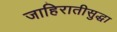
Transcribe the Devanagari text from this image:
जाहिरातीसुद्धा